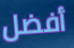
أفضل